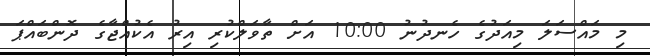
މި މައްސަލަ މިއަދުގެ ހެނދުނު 10:00 އަށް ތާވަލްކުރި އިރު އެކުއްޖާގެ ދޮންބައްޕަ